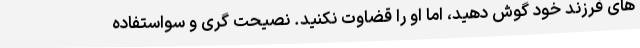
های فرزند خود گوش دهید، اما او را قضاوت نکنید. نصیحت گری و سواستفاده